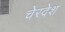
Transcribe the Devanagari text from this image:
चेरदेश